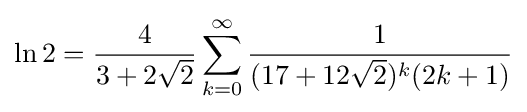
\ln 2={\frac {4}{3+2{\sqrt {2}}}}\sum _{k=0}^{\infty }{\frac {1}{(17+12{\sqrt {2}})^{k}(2k+1)}}